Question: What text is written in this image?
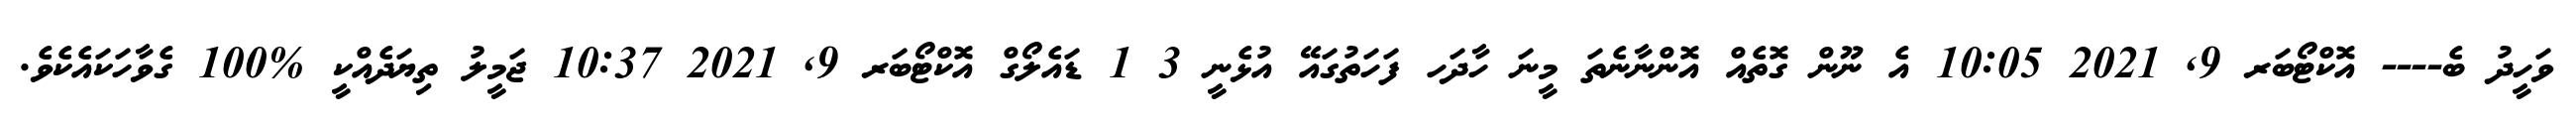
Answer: ވަހީދު ބެ---- އޮކްޓޯބަރ 9, 2021 10:05 އެ ނޫން ގޮތެއް އޮންނާނެތަ މީނަ ހާދަހ ފަހަތުގައޭ އުޅެނީ 3 1 ޑައެލޯގް އޮކްޓޯބަރ 9, 2021 10:37 ޖަމީލު ތިޔަދެއްކީ %100 ގެވާހަކައެކެވެ.